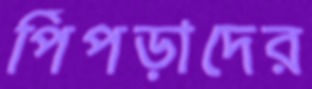
পিঁপড়াদের